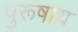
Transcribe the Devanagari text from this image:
पुरूषाय